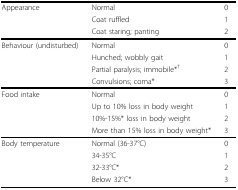
<table><thead><tr><td><b>Appearance</b></td><td><b>Normal</b></td><td><b>0</b></td></tr><tr><td>[EMPTY_CELL]</td><td><b>Coat ruffled</b></td><td><b>1</b></td></tr><tr><td>[EMPTY_CELL]</td><td><b>Coat staring; panting</b></td><td><b>2</b></td></tr></thead><tbody><tr><td>Behaviour (undisturbed)</td><td>Normal</td><td>0</td></tr><tr><td>[EMPTY_CELL]</td><td>Hunched; wobbly gait</td><td>1</td></tr><tr><td>[EMPTY_CELL]</td><td>Partial paralysis; immobile*<sup>†</sup></td><td>2</td></tr><tr><td>[EMPTY_CELL]</td><td>Convulsions; coma*</td><td>3</td></tr><tr><td>Food intake</td><td>Normal</td><td>0</td></tr><tr><td>[EMPTY_CELL]</td><td>Up to 10% loss in body weight</td><td>1</td></tr><tr><td>[EMPTY_CELL]</td><td>10%-15%* loss in body weight</td><td>2</td></tr><tr><td>[EMPTY_CELL]</td><td>More than 15% loss in body weight*</td><td>3</td></tr><tr><td>Body temperature</td><td>Normal (36-37°C)</td><td>0</td></tr><tr><td>[EMPTY_CELL]</td><td>34-35°C</td><td>1</td></tr><tr><td>[EMPTY_CELL]</td><td>32-33°C*</td><td>2</td></tr><tr><td>[EMPTY_CELL]</td><td>Below 32°C*</td><td>3</td></tr></tbody></table>